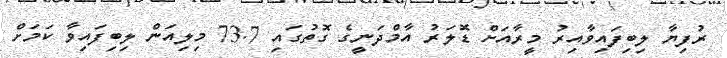
ރުފިޔާ ލިބިފައިވާއިރު މީރާއަށް ޑޮލަރު އާމްދަނީގެ ގޮތުގައި 73.7 މިލިއަން ލިބިފައިވާ ކަމަށް